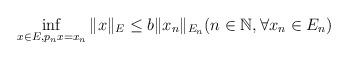
LaTeX: \begin{align*}\inf_{x \in E, p_n x = x_n} \|x\|_E \le b \|x_n\|_{E_n} (n \in \mathbb N, \forall x_n \in E_n)\end{align*}